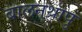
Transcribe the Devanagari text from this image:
बालनथ्रापु